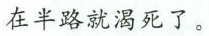
在半路就渴死了。